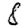
Digit: 8